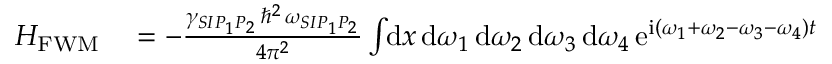
\begin{array} { r l } { H _ { \mathrm { F W M } } } & { { } = - \frac { \gamma _ { S I P _ { 1 } P _ { 2 } } \, \hbar ^ { 2 } \, \omega _ { S I P _ { 1 } P _ { 2 } } } { 4 \pi ^ { 2 } } \int \! \! \mathrm { d } x \, \mathrm { d } \omega _ { 1 } \, \mathrm { d } \omega _ { 2 } \, \mathrm { d } \omega _ { 3 } \, \mathrm { d } \omega _ { 4 } \, \mathrm { e } ^ { \mathrm { i } ( \omega _ { 1 } + \omega _ { 2 } - \omega _ { 3 } - \omega _ { 4 } ) t } } \end{array}